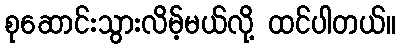
စုဆောင်းသွားလိမ့်မယ်လို့ ထင်ပါတယ်။